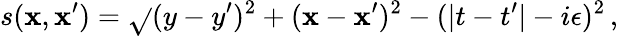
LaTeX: s(\mathbf{x},\mathbf{x}^{\prime})=\sqrt{}{{(y-y^{\prime})^{2}+(\mathbf{x}-\mathbf{x}^{\prime})^{2}-(|t-t^{\prime}|-i\epsilon)^{2}}}\, ,